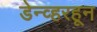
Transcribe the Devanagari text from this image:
डेन्व्हरहून